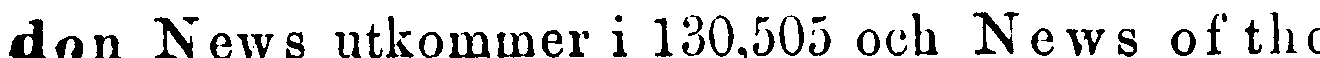
don News utkommer i 130,505 och News of the